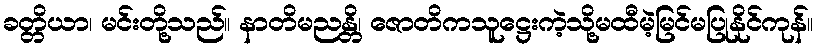
ခတ္တိယာ၊ မင်းတို့သည်။ နာတိမညန္တိ၊ ဇောတိကသူဋ္ဌေးကဲ့သို့မထီမဲ့မြင်မပြုနိုင်ကုန်။